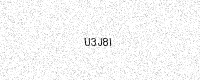
Text: U3J8I